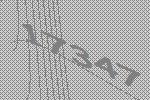
17347